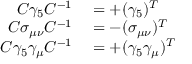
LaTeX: \begin{array} { r l } { C \gamma _ { 5 } C ^ { - 1 } } & { { } = + ( \gamma _ { 5 } ) ^ { T } } \\ { C \sigma _ { \mu \nu } C ^ { - 1 } } & { { } = - ( \sigma _ { \mu \nu } ) ^ { T } } \\ { C \gamma _ { 5 } \gamma _ { \mu } C ^ { - 1 } } & { { } = + ( \gamma _ { 5 } \gamma _ { \mu } ) ^ { T } } \end{array}